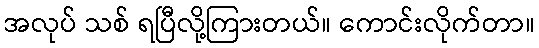
အလုပ် သစ် ရပြီလို့ကြားတယ်။ ကောင်းလိုက်တာ။